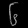
Digit: ၆